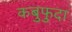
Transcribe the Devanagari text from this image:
कबुफुदा